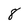
Character: 8